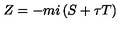
Z = - m i \left( S + \tau T \right)